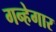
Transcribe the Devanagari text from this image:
गन्हेगार